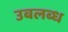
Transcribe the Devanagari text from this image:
उबलब्ध